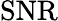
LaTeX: \operatorname{SNR}